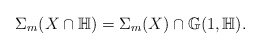
\begin{align*}\Sigma_m (X \cap \mathbb{H}) = \Sigma_m (X) \cap \mathbb{G} (1,\mathbb{H}).\end{align*}